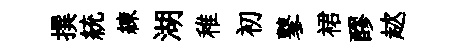
撰統練湖稚初鼕裙醪趑